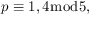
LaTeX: p \equiv 1 , 4 { \bmod { 5 } } ,